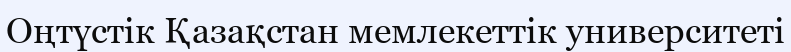
Оңтүстік Қазақстан мемлекеттік университеті